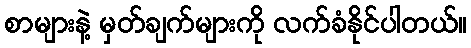
စာများနဲ့ မှတ်ချက်များကို လက်ခံနိုင်ပါတယ်။